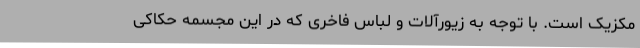
مکزیک است. با توجه به زیورآلات و لباس فاخری که در این مجسمه حکاکی